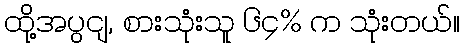
ထို့အပွငျ, စားသုံးသူ ၆၄% က သုံးတယ်။